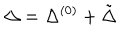
\Delta = \Delta ^ { ( 0 ) } + \tilde { \Delta }